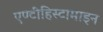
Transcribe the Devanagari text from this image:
एण्टीहिस्टामाइन